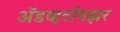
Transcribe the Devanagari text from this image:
अॅडव्हर्टायझर